Assam Mental Hospital (Tezpur, India) - 1933-1948
Year: 1933
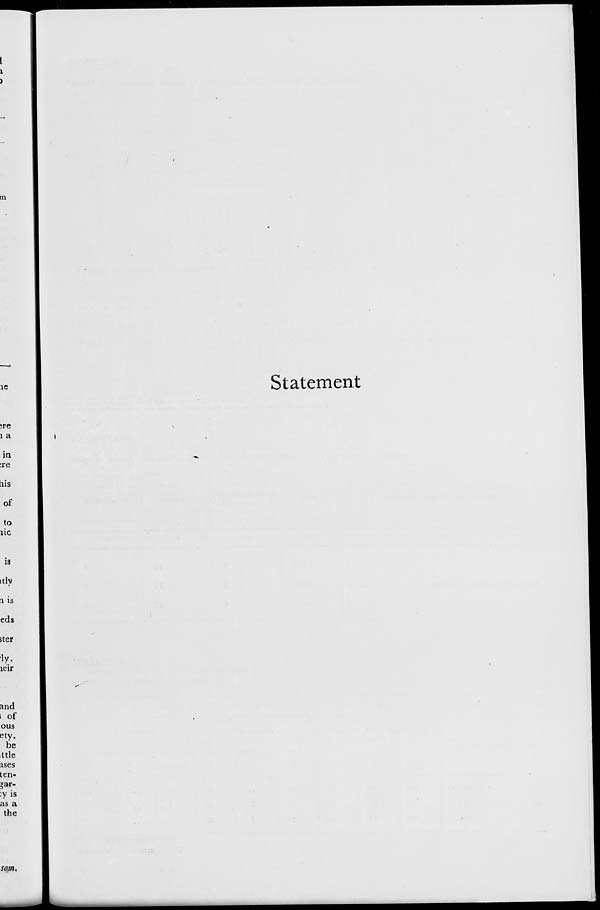
Statement